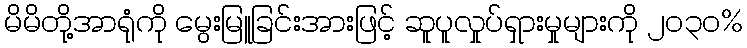
မိမိတို့အာရုံကို မွေးမြူခြင်းအားဖြင့် ဆူပူလှုပ်ရှားမှုများကို ၂၀၃၀%